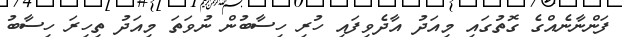
ފަންނާނެއްގެ ގޮތުގައި މިއަދު އާދެވިފައި ހުރި ހިސާބުން ނުވަތަ މިއަދު ތިހިރަ ހިސާބު